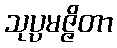
သုပ္ပမဇ္ဇိတာ